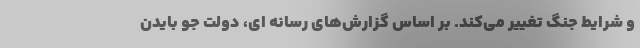
و شرایط جنگ تغییر می‌کند. بر اساس گزارش‌های رسانه ای، دولت جو بایدن